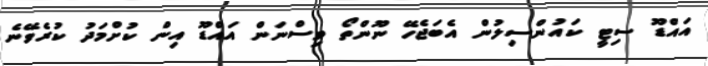
އައްޑޫ ސިޓީ ކައުންސިލުން އެބަޖެހޭ ނޫންތޯ ވިސްނަން އައްޑޫ އިން ކުށްމަދު ކުރެވޭނެ